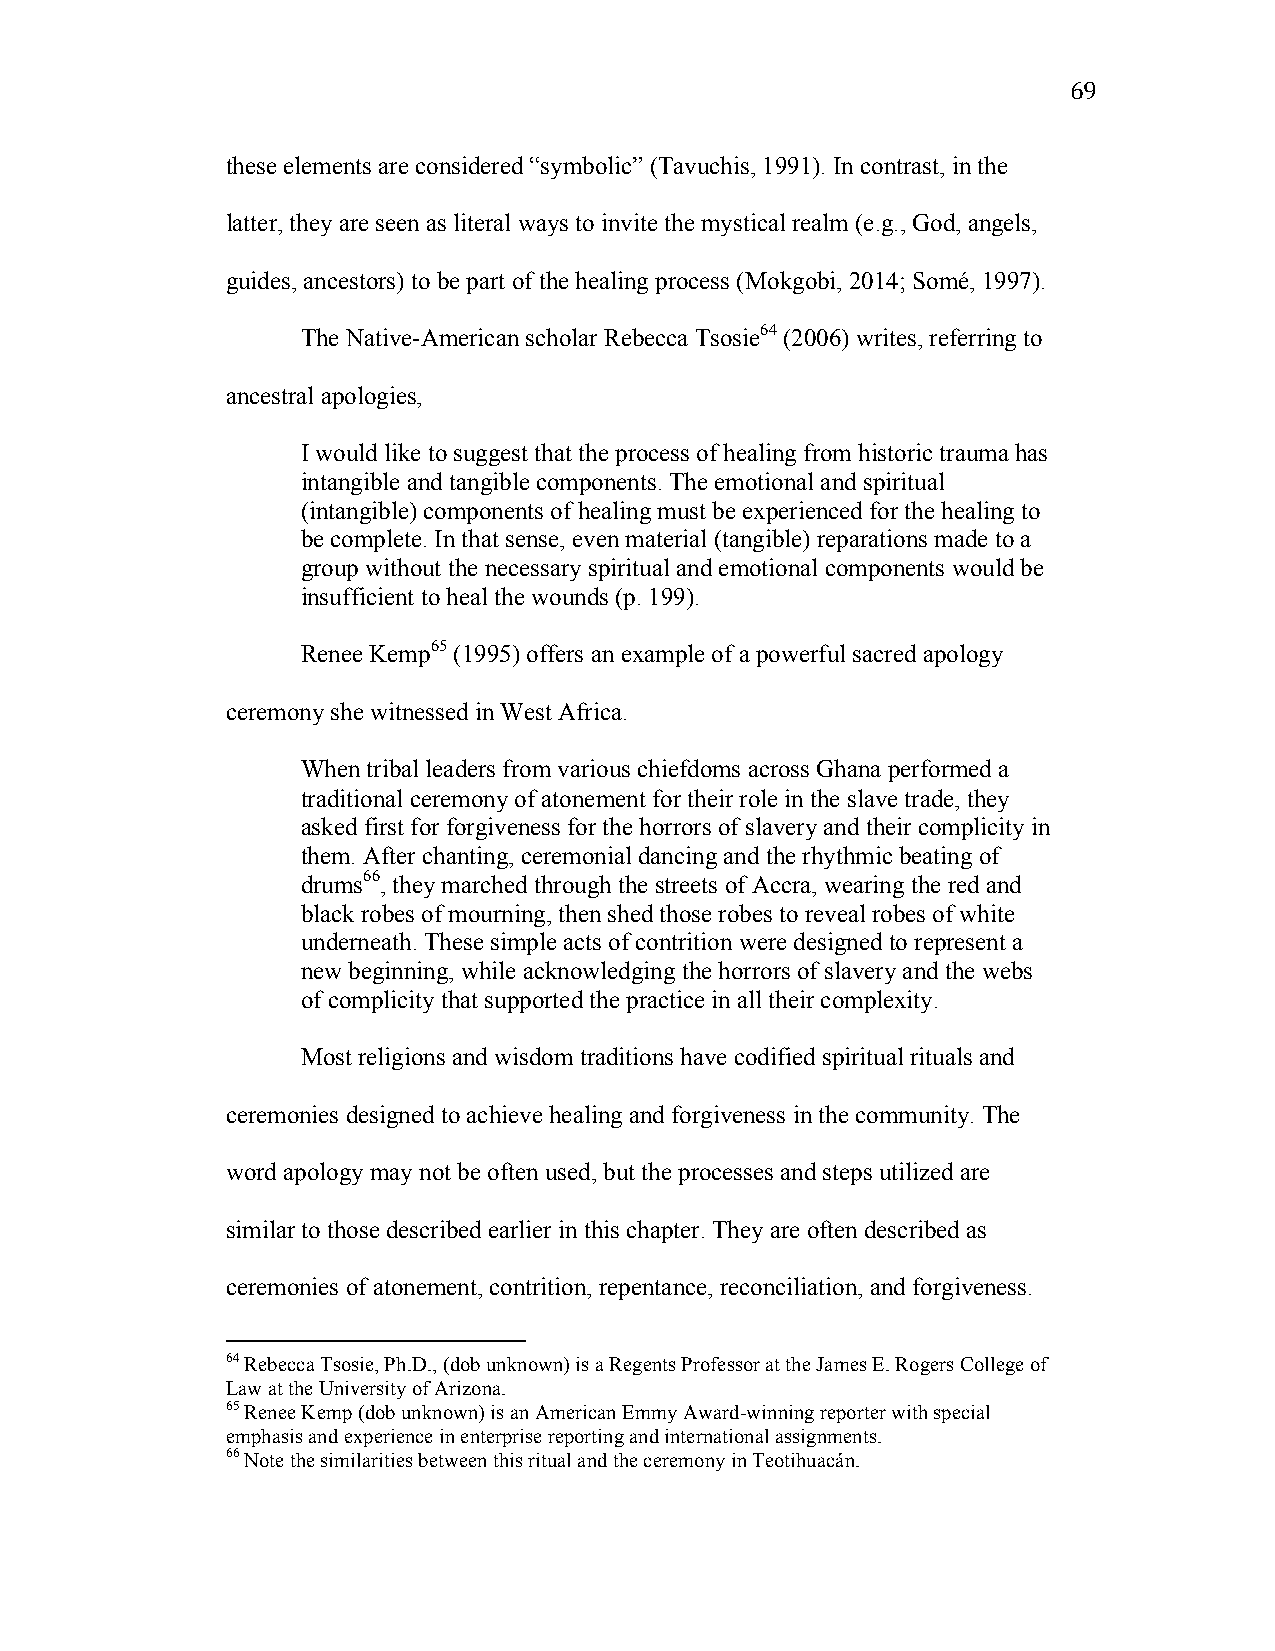
69
 these elements are considered “symbolic” (Tavuchis, 1991). In contrast, in the
 latter, they are seen as literal ways to invite the mystical realm (e.g., God, angels,
 guides, ancestors) to be part of the healing process (Mokgobi, 2014; Somé, 1997).
 The Native-American scholar Rebecca Tsosie64 (2006) writes, referring to
 ancestral apologies,
 I would like to suggest that the process of healing from historic trauma has
 intangible and tangible components. The emotional and spiritual
 (intangible) components of healing must be experienced for the healing to
 be complete. In that sense, even material (tangible) reparations made to a
 group without the necessary spiritual and emotional components would be
 insufficient to heal the wounds (p. 199).
 Renee Kemp65 (1995) offers an example of a powerful sacred apology
 ceremony she witnessed in West Africa.
 When tribal leaders from various chiefdoms across Ghana performed a
 traditional ceremony of atonement for their role in the slave trade, they
 asked first for forgiveness for the horrors of slavery and their complicity in
 them. After chanting, ceremonial dancing and the rhythmic beating of
 drums66, they marched through the streets of Accra, wearing the red and
 black robes of mourning, then shed those robes to reveal robes of white
 underneath. These simple acts of contrition were designed to represent a
 new beginning, while acknowledging the horrors of slavery and the webs
 of complicity that supported the practice in all their complexity.
 Most religions and wisdom traditions have codified spiritual rituals and
 ceremonies designed to achieve healing and forgiveness in the community. The
 word apology may not be often used, but the processes and steps utilized are
 similar to those described earlier in this chapter. They are often described as
 ceremonies of atonement, contrition, repentance, reconciliation, and forgiveness.
 64 Rebecca Tsosie, Ph.D., (dob unknown) is a Regents Professor at the James E. Rogers College of
 Law at the University of Arizona.
 65 Renee Kemp (dob unknown) is an American Emmy Award-winning reporter with special
 emphasis and experience in enterprise reporting and international assignments.
 66 Note the similarities between this ritual and the ceremony in Teotihuacán.